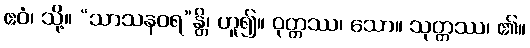
ဧဝံ၊ သို့။ “သာသနဝရ”န္တိ၊ ဟူ၍။ ဝုတ္တဿ၊ သော။ သုတ္တဿ၊ ၏။